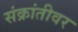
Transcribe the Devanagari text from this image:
संक्रांतीवर